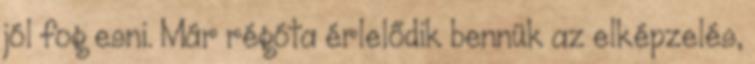
jól fog esni. Már régóta érlelődik bennük az elképzelés,